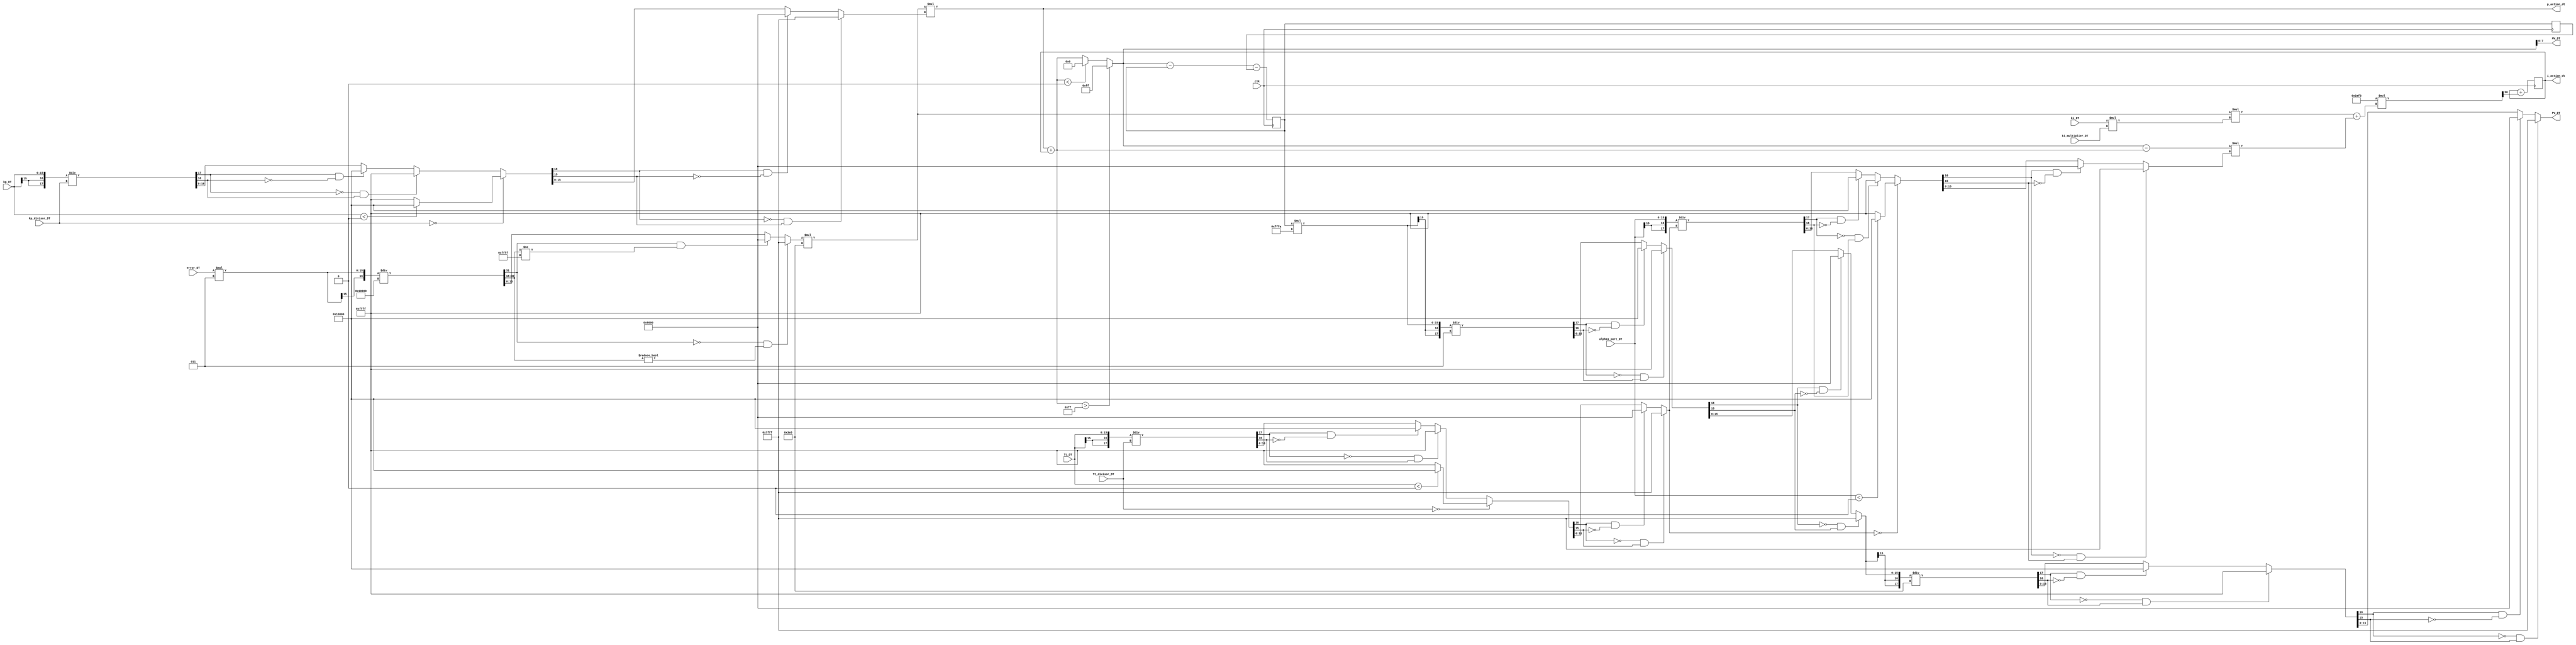
// -------------------------------------------------------------
// 
// 
// Generated by MATLAB 9.11 and HDL Coder 3.19
// 
// 
// -- -------------------------------------------------------------
// -- Rate and Clocking Details
// -- -------------------------------------------------------------
// Model base rate: 8e-08
// Target subsystem base rate: 8e-08
// 
// -------------------------------------------------------------


// -------------------------------------------------------------
// 
// Module: DT
// Source Path: flyback_dt/DT
// Hierarchy Level: 0
// 
// Simulink model description for flyback_dt:
// 
// Symmetric FIR Filter
// This example shows how to use HDL Coder(TM) to check, generate,
// and verify HDL for a fixed-point symmetric FIR filter. 
// 
// -------------------------------------------------------------

`timescale 1 ns / 1 ns

module DT
          (clk,
           error_DT,
           kp_DT,
           kp_divisor_DT,
           ki_DT,
           ki_multiplier_DT,
           alpha1_port_DT,
           Tt_DT,
           Tt_divisor_DT,
           PV_DT,
           MV_DT,
           p_action_dt,
           i_action_dt);


  input   clk;
  input   signed [15:0] error_DT;  // int16
  input   signed [15:0] kp_DT;  // int16
  input   signed [15:0] kp_divisor_DT;  // int16
  input   signed [15:0] ki_DT;  // int16
  input   signed [15:0] ki_multiplier_DT;  // int16
  input   signed [15:0] alpha1_port_DT;  // int16
  input   signed [15:0] Tt_DT;  // int16
  input   signed [15:0] Tt_divisor_DT;  // int16
  output  signed [15:0] PV_DT;  // int16
  output  signed [7:0] MV_DT;  // int8
  output  signed [15:0] p_action_dt;  // int16
  output  signed [15:0] i_action_dt;  // int16


  wire signed [15:0] Constant1_out1;  // int16
  wire signed [31:0] Product2_mul_temp;  // sfix32
  wire signed [15:0] Product2_out1;  // int16
  wire signed [16:0] Product2_out1_dtc;  // sfix17
  wire signed [31:0] Constant_out1;  // int32
  reg signed [15:0] Divide1_out1;  // int16
  wire signed [15:0] Constant4_out1;  // int16
  wire signed [31:0] Product4_mul_temp;  // sfix32
  wire signed [15:0] Product4_out1;  // int16
  wire signed [16:0] kp_DT_dtc;  // sfix17
  reg signed [15:0] Divide_out1;  // int16
  wire signed [31:0] Product_mul_temp;  // sfix32
  wire signed [15:0] Product_out1;  // int16
  wire signed [31:0] Product5_mul_temp;  // sfix32
  wire signed [15:0] Product5_out1;  // int16
  wire signed [16:0] alpha1_port_DT_dtc;  // sfix17
  wire signed [16:0] Tt_DT_dtc;  // sfix17
  wire signed [31:0] Product1_mul_temp;  // sfix32
  wire signed [15:0] Product1_out1;  // int16
  reg signed [15:0] Divide5_out1;  // int16
  reg signed [15:0] Divide4_out1;  // int16
  wire signed [15:0] Saturation_out1;  // int16
  wire signed [15:0] Add1_out1;  // int16
  wire signed [15:0] Add3_out1;  // int16
  wire signed [31:0] Product6_mul_temp;  // sfix32
  wire signed [15:0] Product6_out1;  // int16
  wire signed [15:0] Add2_out1;  // int16
  wire signed [15:0] Discrete_Time_Integrator1_indtc;  // sfix16
  wire signed [31:0] gain_mul_temp;  // sfix32_En37
  wire signed [15:0] Discrete_Time_Integrator1_u_gain;  // sfix16
  wire signed [15:0] Discrete_Time_Integrator1_u_dtc;  // int16
  reg signed [15:0] Discrete_Time_Integrator1_x_reg;  // int16
  wire signed [15:0] Discrete_Time_Integrator1_u_add;  // int16
  wire signed [15:0] s_input_acc_cast;  // sfix16
  reg signed [15:0] s_state_out1;  // int16
  reg signed [15:0] s_state_out2_1;  // int16
  wire signed [15:0] s_denom_gain2;  // sfix16
  wire signed [15:0] s_denom_gain1;  // sfix16
  wire signed [15:0] s_denom_acc_out1;  // sfix16
  wire signed [15:0] s_denom_acc_out2;  // sfix16
  wire signed [15:0] s_state_cast;  // int16
  wire signed [15:0] s_nume_gain1;  // sfix16
  wire signed [15:0] s_output_cast;  // int16
  wire signed [31:0] Constant2_out1;  // int32
  wire signed [47:0] Product3_mul_temp;  // sfix48
  wire signed [15:0] Product3_out1;  // int16
  wire signed [16:0] Product3_out1_dtc;  // sfix17
  wire signed [15:0] Constant3_out1;  // int16
  reg signed [15:0] Divide2_out1;  // int16
  wire signed [16:0] Divide2_out1_dtc;  // sfix17
  wire signed [15:0] Constant5_out1;  // int16
  reg signed [15:0] Divide3_out1;  // int16
  wire signed [15:0] p_action;  // int16
  wire signed [15:0] i_action;  // int16
  wire signed [15:0] PV;  // int16
  reg signed [31:0] Divide1_c;  // sfix32
  reg signed [31:0] Divide1_div_temp;  // sfix32
  reg signed [16:0] Divide_c;  // sfix17
  reg signed [17:0] Divide_div_temp;  // sfix18
  reg signed [17:0] Divide_t_0_0;  // sfix18
  reg signed [16:0] Divide5_c;  // sfix17
  reg signed [17:0] Divide5_div_temp;  // sfix18
  reg signed [17:0] Divide5_t_0_0;  // sfix18
  reg signed [16:0] Divide4_c;  // sfix17
  reg signed [17:0] Divide4_div_temp;  // sfix18
  reg signed [17:0] Divide4_t_0_0;  // sfix18
  reg signed [16:0] Divide2_c;  // sfix17
  reg signed [17:0] Divide2_div_temp;  // sfix18
  reg signed [17:0] Divide2_t_0_0;  // sfix18
  reg signed [16:0] Divide3_c;  // sfix17
  reg signed [17:0] Divide3_div_temp;  // sfix18
  reg signed [17:0] Divide3_t_0_0;  // sfix18

  initial begin
    Discrete_Time_Integrator1_x_reg = 16'sb0000000000000000;
    s_state_out2_1 = 16'sb0000000000000000;
    s_state_out1 = 16'sb0000000000000000;
  end

  assign Constant1_out1 = 16'sb0000000000000011;


  assign Product2_mul_temp = error_DT * Constant1_out1;
  assign Product2_out1 = Product2_mul_temp[15:0];


  assign Product2_out1_dtc = {Product2_out1[15], Product2_out1};



  assign Constant_out1 = 32'sb00000000000000010000000000000000;


  always @(Constant_out1, Product2_out1_dtc) begin
    Divide1_div_temp = 32'sb00000000000000000000000000000000;
    if (Constant_out1 == 32'sb00000000000000000000000000000000) begin
      if (Product2_out1_dtc < 17'sb00000000000000000) begin
        Divide1_c = 32'sb10000000000000000000000000000000;
      end
      else begin
        Divide1_c = 32'sb01111111111111111111111111111111;
      end
    end
    else begin
      Divide1_div_temp = Product2_out1_dtc / Constant_out1;
      Divide1_c = Divide1_div_temp;
    end
    if ((Divide1_c[31] == 1'b0) && (Divide1_c[30:15] != 16'b0000000000000000)) begin
      Divide1_out1 = 16'sb0111111111111111;
    end
    else if ((Divide1_c[31] == 1'b1) && (Divide1_c[30:15] != 16'b1111111111111111)) begin
      Divide1_out1 = 16'sb1000000000000000;
    end
    else begin
      Divide1_out1 = Divide1_c[15:0];
    end
  end


  assign Constant4_out1 = 16'sb0000001111101000;


  assign Product4_mul_temp = Divide1_out1 * Constant4_out1;
  assign Product4_out1 = Product4_mul_temp[15:0];


  assign kp_DT_dtc = {kp_DT[15], kp_DT};



  always @(kp_DT_dtc, kp_divisor_DT) begin
    Divide_div_temp = 18'sb000000000000000000;
    Divide_t_0_0 = 18'sb000000000000000000;
    if (kp_divisor_DT == 16'sb0000000000000000) begin
      if (kp_DT_dtc < 17'sb00000000000000000) begin
        Divide_c = 17'sb10000000000000000;
      end
      else begin
        Divide_c = 17'sb01111111111111111;
      end
    end
    else begin
      Divide_t_0_0 = {kp_DT_dtc[16], kp_DT_dtc};
      Divide_div_temp = Divide_t_0_0 / kp_divisor_DT;
      if ((Divide_div_temp[17] == 1'b0) && (Divide_div_temp[16] != 1'b0)) begin
        Divide_c = 17'sb01111111111111111;
      end
      else if ((Divide_div_temp[17] == 1'b1) && (Divide_div_temp[16] != 1'b1)) begin
        Divide_c = 17'sb10000000000000000;
      end
      else begin
        Divide_c = Divide_div_temp[16:0];
      end
    end
    if ((Divide_c[16] == 1'b0) && (Divide_c[15] != 1'b0)) begin
      Divide_out1 = 16'sb0111111111111111;
    end
    else if ((Divide_c[16] == 1'b1) && (Divide_c[15] != 1'b1)) begin
      Divide_out1 = 16'sb1000000000000000;
    end
    else begin
      Divide_out1 = Divide_c[15:0];
    end
  end


  assign Product_mul_temp = Product4_out1 * Divide_out1;
  assign Product_out1 = Product_mul_temp[15:0];


  assign Product5_mul_temp = ki_DT * ki_multiplier_DT;
  assign Product5_out1 = Product5_mul_temp[15:0];


  assign alpha1_port_DT_dtc = {alpha1_port_DT[15], alpha1_port_DT};



  assign Tt_DT_dtc = {Tt_DT[15], Tt_DT};



  assign Product1_mul_temp = Product4_out1 * Product5_out1;
  assign Product1_out1 = Product1_mul_temp[15:0];


  always @(Tt_DT_dtc, Tt_divisor_DT) begin
    Divide5_div_temp = 18'sb000000000000000000;
    Divide5_t_0_0 = 18'sb000000000000000000;
    if (Tt_divisor_DT == 16'sb0000000000000000) begin
      if (Tt_DT_dtc < 17'sb00000000000000000) begin
        Divide5_c = 17'sb10000000000000000;
      end
      else begin
        Divide5_c = 17'sb01111111111111111;
      end
    end
    else begin
      Divide5_t_0_0 = {Tt_DT_dtc[16], Tt_DT_dtc};
      Divide5_div_temp = Divide5_t_0_0 / Tt_divisor_DT;
      if ((Divide5_div_temp[17] == 1'b0) && (Divide5_div_temp[16] != 1'b0)) begin
        Divide5_c = 17'sb01111111111111111;
      end
      else if ((Divide5_div_temp[17] == 1'b1) && (Divide5_div_temp[16] != 1'b1)) begin
        Divide5_c = 17'sb10000000000000000;
      end
      else begin
        Divide5_c = Divide5_div_temp[16:0];
      end
    end
    if ((Divide5_c[16] == 1'b0) && (Divide5_c[15] != 1'b0)) begin
      Divide5_out1 = 16'sb0111111111111111;
    end
    else if ((Divide5_c[16] == 1'b1) && (Divide5_c[15] != 1'b1)) begin
      Divide5_out1 = 16'sb1000000000000000;
    end
    else begin
      Divide5_out1 = Divide5_c[15:0];
    end
  end


  always @(Divide5_out1, alpha1_port_DT_dtc) begin
    Divide4_div_temp = 18'sb000000000000000000;
    Divide4_t_0_0 = 18'sb000000000000000000;
    if (Divide5_out1 == 16'sb0000000000000000) begin
      if (alpha1_port_DT_dtc < 17'sb00000000000000000) begin
        Divide4_c = 17'sb10000000000000000;
      end
      else begin
        Divide4_c = 17'sb01111111111111111;
      end
    end
    else begin
      Divide4_t_0_0 = {alpha1_port_DT_dtc[16], alpha1_port_DT_dtc};
      Divide4_div_temp = Divide4_t_0_0 / Divide5_out1;
      if ((Divide4_div_temp[17] == 1'b0) && (Divide4_div_temp[16] != 1'b0)) begin
        Divide4_c = 17'sb01111111111111111;
      end
      else if ((Divide4_div_temp[17] == 1'b1) && (Divide4_div_temp[16] != 1'b1)) begin
        Divide4_c = 17'sb10000000000000000;
      end
      else begin
        Divide4_c = Divide4_div_temp[16:0];
      end
    end
    if ((Divide4_c[16] == 1'b0) && (Divide4_c[15] != 1'b0)) begin
      Divide4_out1 = 16'sb0111111111111111;
    end
    else if ((Divide4_c[16] == 1'b1) && (Divide4_c[15] != 1'b1)) begin
      Divide4_out1 = 16'sb1000000000000000;
    end
    else begin
      Divide4_out1 = Divide4_c[15:0];
    end
  end


  assign Add3_out1 = Saturation_out1 - Add1_out1;


  assign Product6_mul_temp = Add3_out1 * Divide4_out1;
  assign Product6_out1 = Product6_mul_temp[15:0];


  assign Add2_out1 = Product1_out1 + Product6_out1;


  assign Discrete_Time_Integrator1_indtc = Add2_out1;



  assign gain_mul_temp = 16'sb0010101011110011 * Discrete_Time_Integrator1_indtc;
  assign Discrete_Time_Integrator1_u_gain = {16{gain_mul_temp[31]}};



  assign Discrete_Time_Integrator1_u_dtc = Discrete_Time_Integrator1_u_gain;



  assign Discrete_Time_Integrator1_u_add = Discrete_Time_Integrator1_x_reg + Discrete_Time_Integrator1_u_dtc;



  always @(posedge clk)
    begin : Discrete_Time_Integrator1_reg_process
      Discrete_Time_Integrator1_x_reg <= Discrete_Time_Integrator1_u_add;
    end


  assign Add1_out1 = Product_out1 + Discrete_Time_Integrator1_x_reg;


  assign Saturation_out1 = (Add1_out1 > 16'sb0000000011111111 ? 16'sb0000000011111111 :
              (Add1_out1 < 16'sb0000000000000000 ? 16'sb0000000000000000 :
              Add1_out1));


  assign s_input_acc_cast = Saturation_out1;



  always @(posedge clk)
    begin : s_state_out2_process
      s_state_out2_1 <= s_state_out1;
    end



  assign s_denom_gain2 = s_state_out2_1;



  assign s_denom_gain1 = s_state_out1;



  assign s_denom_acc_out1 = s_input_acc_cast - s_denom_gain1;



  assign s_denom_acc_out2 = s_denom_acc_out1 - s_denom_gain2;



  assign s_state_cast = s_denom_acc_out2;



  always @(posedge clk)
    begin : s_state_out1_1_process
      s_state_out1 <= s_state_cast;
    end



  assign s_nume_gain1 = s_state_out1;



  assign s_output_cast = s_nume_gain1;


  assign Constant2_out1 = 32'sb00000000000000001111111111111010;


  assign Product3_mul_temp = s_output_cast * Constant2_out1;
  assign Product3_out1 = Product3_mul_temp[15:0];


  assign Product3_out1_dtc = {Product3_out1[15], Product3_out1};



  assign Constant3_out1 = 16'sb0000000000000011;


  always @(Constant3_out1, Product3_out1_dtc) begin
    Divide2_div_temp = 18'sb000000000000000000;
    Divide2_t_0_0 = 18'sb000000000000000000;
    if (Constant3_out1 == 16'sb0000000000000000) begin
      if (Product3_out1_dtc < 17'sb00000000000000000) begin
        Divide2_c = 17'sb10000000000000000;
      end
      else begin
        Divide2_c = 17'sb01111111111111111;
      end
    end
    else begin
      Divide2_t_0_0 = {Product3_out1_dtc[16], Product3_out1_dtc};
      Divide2_div_temp = Divide2_t_0_0 / Constant3_out1;
      if ((Divide2_div_temp[17] == 1'b0) && (Divide2_div_temp[16] != 1'b0)) begin
        Divide2_c = 17'sb01111111111111111;
      end
      else if ((Divide2_div_temp[17] == 1'b1) && (Divide2_div_temp[16] != 1'b1)) begin
        Divide2_c = 17'sb10000000000000000;
      end
      else begin
        Divide2_c = Divide2_div_temp[16:0];
      end
    end
    if ((Divide2_c[16] == 1'b0) && (Divide2_c[15] != 1'b0)) begin
      Divide2_out1 = 16'sb0111111111111111;
    end
    else if ((Divide2_c[16] == 1'b1) && (Divide2_c[15] != 1'b1)) begin
      Divide2_out1 = 16'sb1000000000000000;
    end
    else begin
      Divide2_out1 = Divide2_c[15:0];
    end
  end


  assign Divide2_out1_dtc = {Divide2_out1[15], Divide2_out1};



  assign Constant5_out1 = 16'sb0000001111101000;


  always @(Constant5_out1, Divide2_out1_dtc) begin
    Divide3_div_temp = 18'sb000000000000000000;
    Divide3_t_0_0 = 18'sb000000000000000000;
    if (Constant5_out1 == 16'sb0000000000000000) begin
      if (Divide2_out1_dtc < 17'sb00000000000000000) begin
        Divide3_c = 17'sb10000000000000000;
      end
      else begin
        Divide3_c = 17'sb01111111111111111;
      end
    end
    else begin
      Divide3_t_0_0 = {Divide2_out1_dtc[16], Divide2_out1_dtc};
      Divide3_div_temp = Divide3_t_0_0 / Constant5_out1;
      if ((Divide3_div_temp[17] == 1'b0) && (Divide3_div_temp[16] != 1'b0)) begin
        Divide3_c = 17'sb01111111111111111;
      end
      else if ((Divide3_div_temp[17] == 1'b1) && (Divide3_div_temp[16] != 1'b1)) begin
        Divide3_c = 17'sb10000000000000000;
      end
      else begin
        Divide3_c = Divide3_div_temp[16:0];
      end
    end
    if ((Divide3_c[16] == 1'b0) && (Divide3_c[15] != 1'b0)) begin
      Divide3_out1 = 16'sb0111111111111111;
    end
    else if ((Divide3_c[16] == 1'b1) && (Divide3_c[15] != 1'b1)) begin
      Divide3_out1 = 16'sb1000000000000000;
    end
    else begin
      Divide3_out1 = Divide3_c[15:0];
    end
  end


  assign PV_DT = Divide3_out1;


  assign MV_DT = Saturation_out1[7:0];


  assign p_action = Product_out1;


  assign p_action_dt = p_action;

  assign i_action = Discrete_Time_Integrator1_x_reg;


  assign i_action_dt = i_action;

endmodule  // DT